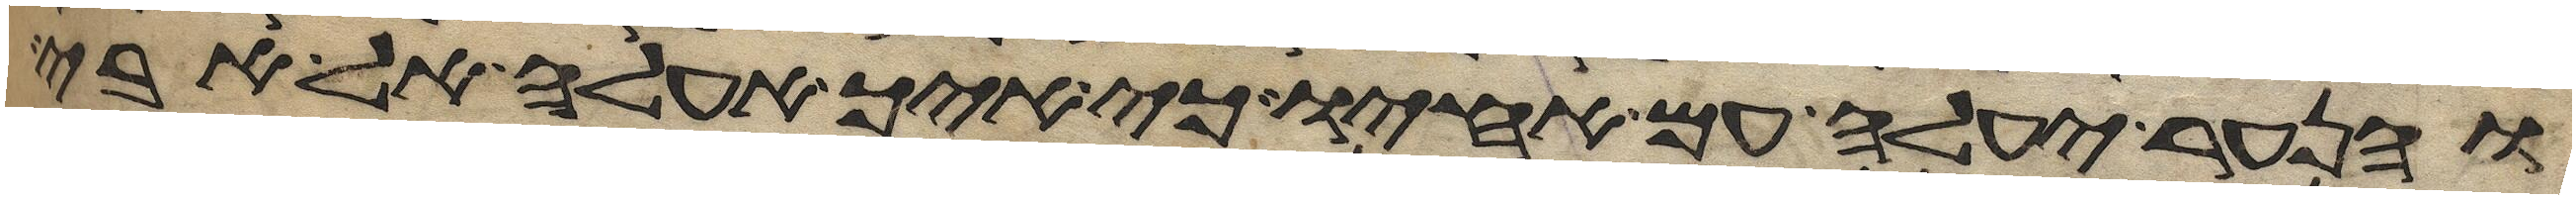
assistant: והנער יעלה עם אחיו כי איך אעלה אל אבי